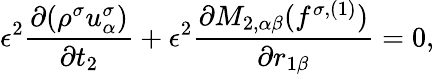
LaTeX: \epsilon^{2}\frac{\partial(\rho^{\sigma}u_{\alpha}^{\sigma})}{\partial t_{2}}+\epsilon^{2}\frac{\partial M_{2,\alpha\beta}(f^{\sigma,(1)})}{\partial r_{1\beta}}=0,